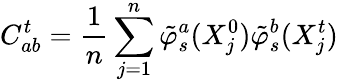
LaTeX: C_{ab}^{t}=\frac{1}{n}\sum_{j=1}^{n}\tilde{\varphi}_{s}^{a}(X_{j}^{0})\tilde{\varphi}_{s}^{b}(X_{j}^{t})